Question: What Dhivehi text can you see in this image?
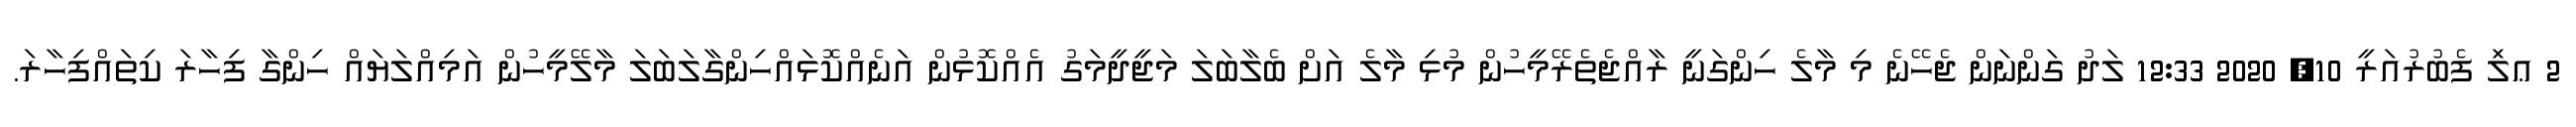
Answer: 2 ޢލަި ފެބުރުއަރީ 10, 2020 12:33 ލަދު ގަންނަން ޖެހޭނެ މި މާލެ ހިންގަނީ ރާއްޖެތެރޭމީހުން މުޅި މާލެ އަށް ބެލާބަލަ މަޖީދީމަގު އެއްކޮޅުން އަނެއްކޮޅައްހިންގާލަބަލަ މާލޭމީހުން އަމިއްލަޔައް ހިންގާ ފިހާރަ ކިތައްފިހާރަ.